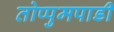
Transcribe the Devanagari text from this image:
तोप्पुमपाडी